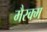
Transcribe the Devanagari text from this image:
मैरक्म